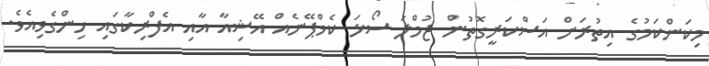
މިކަންކަމުގެ އިތުރަށް އަސްކަރީގޮތުން ޖުމްލަ ސޯޅަ ކެމްޕޭނެއް އޭޝިއާ އާއި އެފްރިކާގައި ހިންގެވިއެވެ.